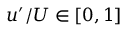
u ^ { \prime } / U \in [ 0 , 1 ]